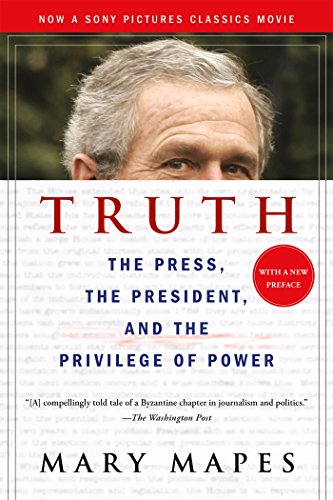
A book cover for Truth: The Press, the President, and the Privilege of Power; Mary Mapes; Business & Money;